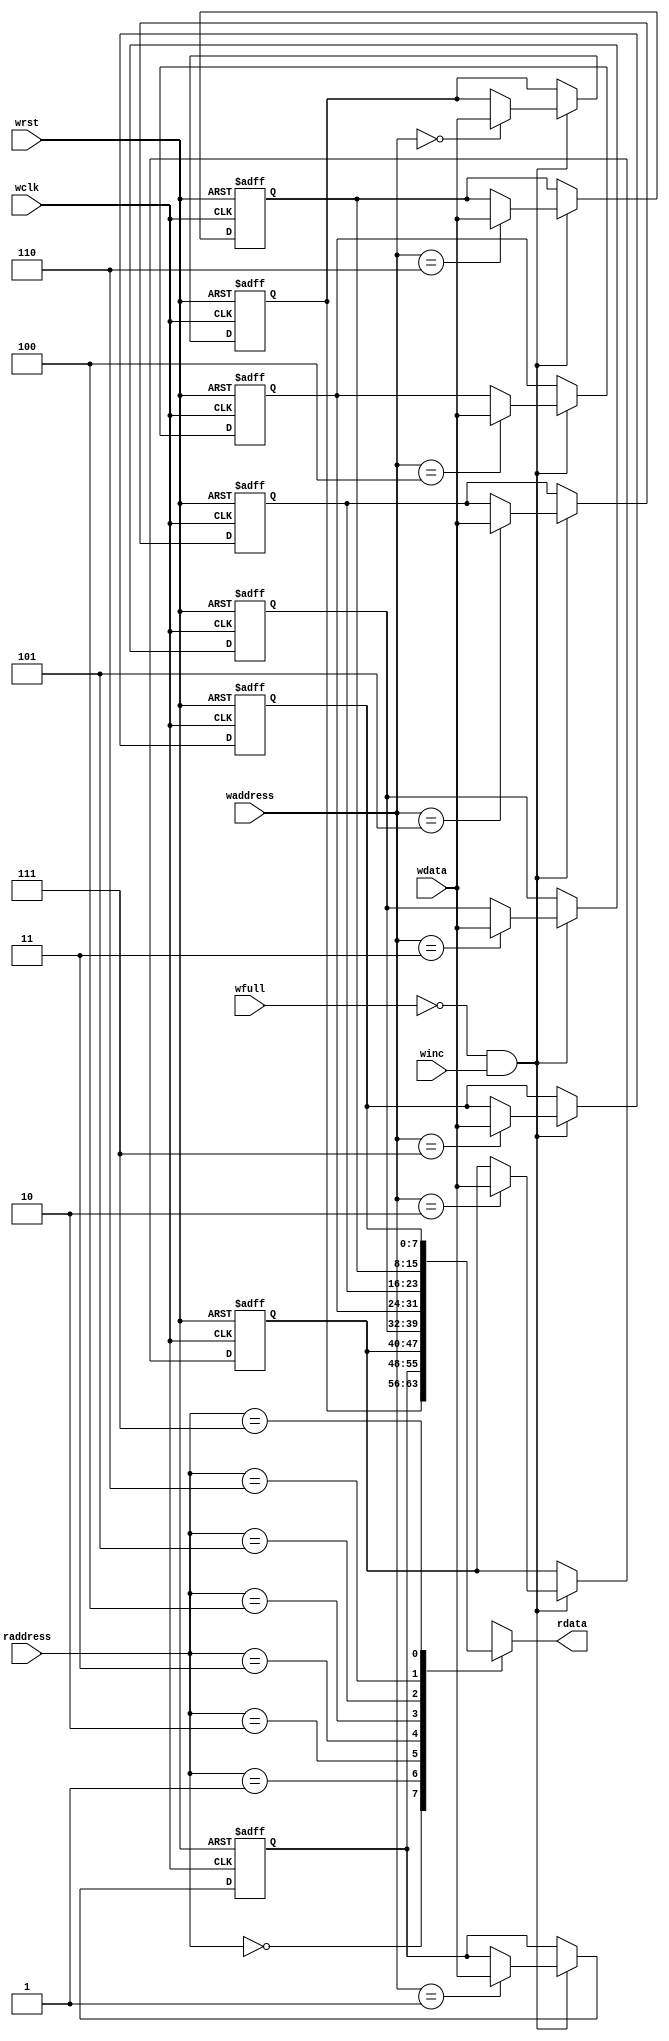
module fifo_memory #(parameter width = 8 , depth = 8 , addr = 3) (
  input wire [width-1:0] wdata,
  input wire wfull,
  input wire winc,
  input wire [addr-1:0] waddress,
  input wire wclk,
  input wire wrst,
  input wire [addr-1:0] raddress,
  output wire [width-1:0] rdata
  );
  
  reg [width-1:0] memory [depth-1:0];
  wire wclken;
  integer i;
  assign wclken = (!wfull && winc);
  assign rdata = memory[raddress];
  
  always@(posedge wclk or negedge wrst)
  begin
    if(!wrst)
      begin
        for(i=0;i<depth;i=i+1)
        begin
          memory[i] <= 'b0;
        end
      end
      else if (wclken)
        begin
          memory[waddress] <= wdata; 
        end
  end
  
  
  
endmodule